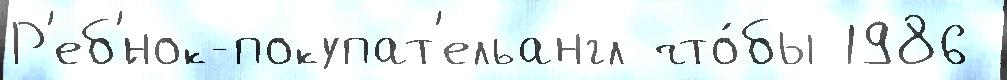
Р'еб'́нок-покупат'ельангл что́бы 1986